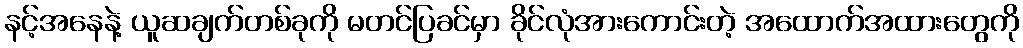
နင့်အနေနဲ့ ယူဆချက်တစ်ခုကို မတင်ပြခင်မှာ ခိုင်လုံအားကောင်းတဲ့ အထောက်အထားတွေကို